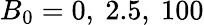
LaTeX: B_{0}=0,\ 2.5,\ 100